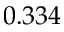
0 . 3 3 4